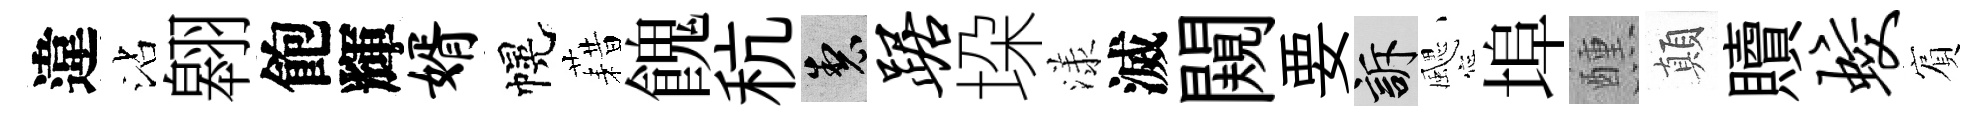
違沾翱飽輝婿幌藉餽秔製踞垜漾滅闚要訴颸埠醺顛贖蛟賔